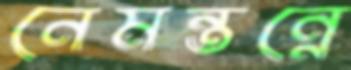
নেমন্তন্নে